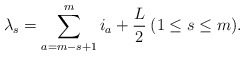
\begin{align*} \lambda _s = \sum_{a=m-s+1}^{m} i_a + \frac{L}{2} \medspace ( 1 \leq s \leq m ).\end{align*}